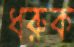
ধরুক